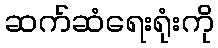
ဆက်ဆံရေးရုံးကို